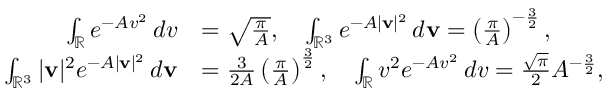
\begin{array} { r l } { \int _ { \mathbb { R } } e ^ { - A v ^ { 2 } } \, d v } & { = \sqrt { \frac { \pi } { A } } , \quad \int _ { \mathbb { R } ^ { 3 } } e ^ { - A | \mathbf { v } | ^ { 2 } } \, d \mathbf { v } = \left( \frac { \pi } { A } \right) ^ { - \frac { 3 } { 2 } } , } \\ { \int _ { \mathbb { R } ^ { 3 } } | \mathbf { v } | ^ { 2 } e ^ { - A | \mathbf { v } | ^ { 2 } } \, d \mathbf { v } } & { = \frac { 3 } { 2 A } \left( \frac { \pi } { A } \right) ^ { \frac { 3 } { 2 } } , \quad \int _ { \mathbb { R } } v ^ { 2 } e ^ { - A v ^ { 2 } } \, d v = \frac { \sqrt { \pi } } { 2 } A ^ { - \frac { 3 } { 2 } } , } \end{array}